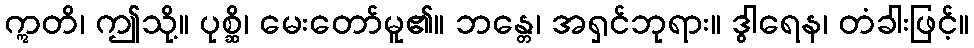
ဣတိ၊ ဤသို့။ ပုစ္ဆိ၊ မေးတော်မူ၏။ ဘန္တေ၊ အရှင်ဘုရား။ ဒွါရေန၊ တံခါးဖြင့်။